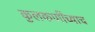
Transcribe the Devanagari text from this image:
कुलकर्णींच्याच